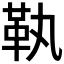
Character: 𩉝